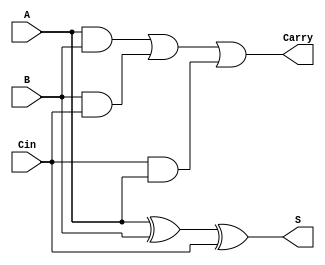
module FullAdder(A,B,Cin,S,Carry);
input A,B,Cin;
output S,Carry;
assign S = A^B^Cin;
assign Carry = (A&B)|(B&Cin)|(Cin&A);
endmodule